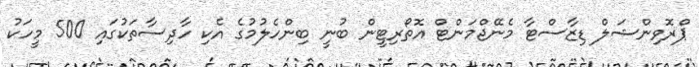
ޕްރޮވިންޝަލް ޑިޒާސްޓާ މެނޭޖްމަންޓް އޮތޯރިޓީން ބުނީ ބިންހެލުމުގެ އެކި ހާދިސާތަކުގައި 500 މީހަކު